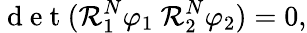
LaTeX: \mathrm{~d~e~t~}(\mathcal{R}_{1}^{N}\varphi_{1}~\mathcal{R}_{2}^{N}\varphi_{2})=0,